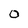
Character: 0